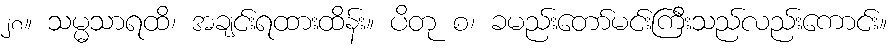
၂၈။ သမ္မသာရထိ၊ အချင်းရထားထိန်း။ ပိတု စ၊ ခမည်းတော်မင်းကြီးသည်လည်းကောင်း။